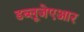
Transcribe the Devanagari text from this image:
डब्लूजेएआर